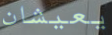
يعيشان